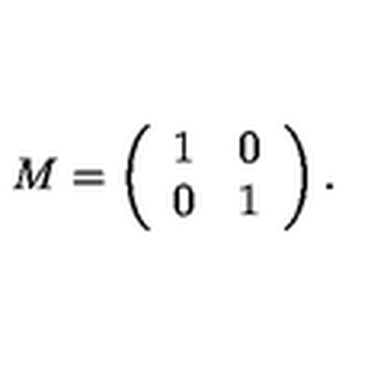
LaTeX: M = \left( \begin{array} { l l } { 1 } & { 0 } \\ { 0 } & { 1 } \\ \end{array} \right) .